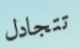
تتجادل